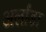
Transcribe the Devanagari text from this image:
अर्लांडा